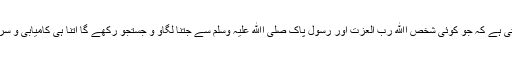
اور یہ بات یقین سے کہی جاسکتی ہے کہ جو کوئی شخص اﷲ رب العزت اور رسول پاک صلی اﷲ علیہ وسلم سے جتنا لگاؤ و جستجو رکھے گا اتنا ہی کامیابی و سرفرازی کا بڑا بہترین موقع ملیگا۔